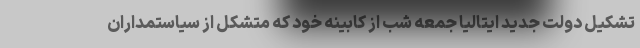
تشکیل دولت جدید ایتالیا جمعه شب از کابینه خود که متشکل از سیاستمداران